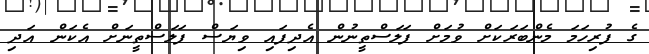
ގެ ފުރިހަމަ މެންބަރަކަށް ވުމަށް ފަލަސްތީނުން އެދިފައި ވިޔަސް ފަލަސްތީނަށް އެކަން އަދި